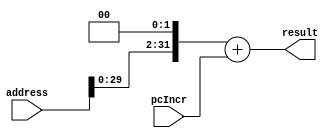
module adderBranch(address, pcIncr, result);

input [31:0]address, pcIncr;
output [31:0]result;

reg [31:0]shiftAddress;
reg result;

always @(address or pcIncr) begin
	shiftAddress = address << 2;
	result = shiftAddress + pcIncr;
end

endmodule